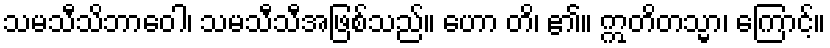
သမသီသိဘာဝေါ၊ သမသီသီအဖြစ်သည်။ ဟော တိ၊ ၏။ ဣတိတသ္မာ၊ ကြောင့်။